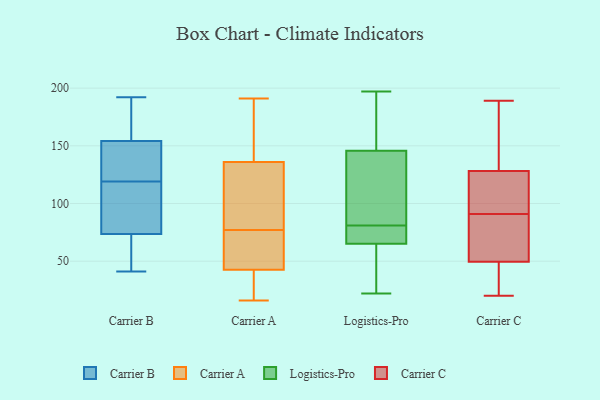
{"axis": {"x": "Inventory Turnover", "y": "Value"}, "legend": ["Carrier A", "Carrier B", "Carrier C", "Logistics-Pro"], "data": [{"x": "", "y": 132, "type": "Carrier B"}, {"x": "", "y": 192, "type": "Carrier B"}, {"x": "", "y": 46, "type": "Carrier B"}, {"x": "", "y": 113, "type": "Carrier B"}, {"x": "", "y": 174, "type": "Carrier B"}, {"x": "", "y": 132, "type": "Carrier B"}, {"x": "", "y": 186, "type": "Carrier B"}, {"x": "", "y": 132, "type": "Carrier B"}, {"x": "", "y": 53, "type": "Carrier B"}, {"x": "", "y": 119, "type": "Carrier B"}, {"x": "", "y": 79, "type": "Carrier B"}, {"x": "", "y": 148, "type": "Carrier B"}, {"x": "", "y": 57, "type": "Carrier B"}, {"x": "", "y": 86, "type": "Carrier B"}, {"x": "", "y": 41, "type": "Carrier B"}, {"x": "", "y": 173, "type": "Carrier B"}, {"x": "", "y": 107, "type": "Carrier B"}, {"x": "", "y": 78, "type": "Carrier A"}, {"x": "", "y": 48, "type": "Carrier A"}, {"x": "", "y": 144, "type": "Carrier A"}, {"x": "", "y": 37, "type": "Carrier A"}, {"x": "", "y": 53, "type": "Carrier A"}, {"x": "", "y": 76, "type": "Carrier A"}, {"x": "", "y": 16, "type": "Carrier A"}, {"x": "", "y": 88, "type": "Carrier A"}, {"x": "", "y": 191, "type": "Carrier A"}, {"x": "", "y": 138, "type": "Carrier A"}, {"x": "", "y": 23, "type": "Carrier A"}, {"x": "", "y": 134, "type": "Carrier A"}, {"x": "", "y": 44, "type": "Logistics-Pro"}, {"x": "", "y": 166, "type": "Logistics-Pro"}, {"x": "", "y": 81, "type": "Logistics-Pro"}, {"x": "", "y": 166, "type": "Logistics-Pro"}, {"x": "", "y": 81, "type": "Logistics-Pro"}, {"x": "", "y": 106, "type": "Logistics-Pro"}, {"x": "", "y": 43, "type": "Logistics-Pro"}, {"x": "", "y": 131, "type": "Logistics-Pro"}, {"x": "", "y": 197, "type": "Logistics-Pro"}, {"x": "", "y": 139, "type": "Logistics-Pro"}, {"x": "", "y": 79, "type": "Logistics-Pro"}, {"x": "", "y": 72, "type": "Logistics-Pro"}, {"x": "", "y": 22, "type": "Logistics-Pro"}, {"x": "", "y": 91, "type": "Carrier C"}, {"x": "", "y": 91, "type": "Carrier C"}, {"x": "", "y": 141, "type": "Carrier C"}, {"x": "", "y": 112, "type": "Carrier C"}, {"x": "", "y": 158, "type": "Carrier C"}, {"x": "", "y": 76, "type": "Carrier C"}, {"x": "", "y": 33, "type": "Carrier C"}, {"x": "", "y": 124, "type": "Carrier C"}, {"x": "", "y": 33, "type": "Carrier C"}, {"x": "", "y": 20, "type": "Carrier C"}, {"x": "", "y": 189, "type": "Carrier C"}, {"x": "", "y": 55, "type": "Carrier C"}, {"x": "", "y": 69, "type": "Carrier C"}]}